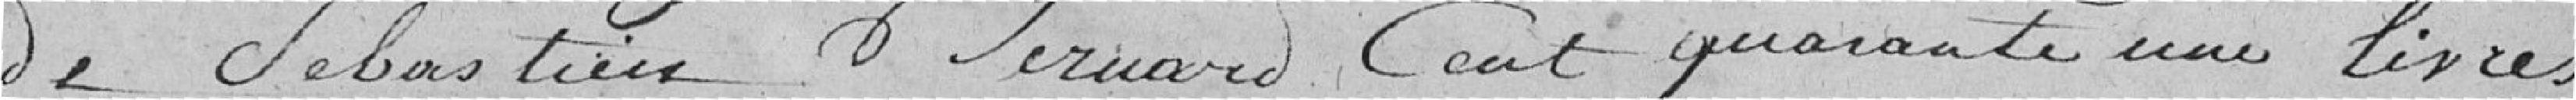
de Sébastien Bernard, cent quarante et une livres